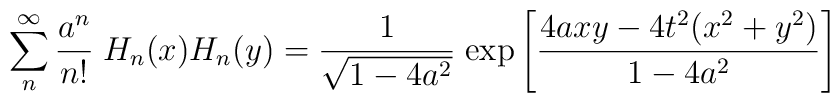
\sum_n^{\infty} {a^n \over n!} \; H_n(x) H_n(y) = {1 \over \sqrt{1 - 4a^2}} \;{\rm exp}\left[ {4axy - 4t^2(x^2 + y^2) \over 1 - 4a^2} \right] \;